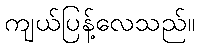
ကျယ်ပြန့်လေသည်။